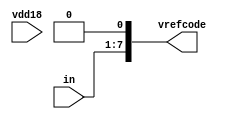
// ========== Copyright Header Begin ==========================================
// 
// OpenSPARC T1 Processor File: bw_io_ddr_vref_logic_high.v
// Copyright (c) 2006 Sun Microsystems, Inc.  All Rights Reserved.
// DO NOT ALTER OR REMOVE COPYRIGHT NOTICES.
// 
// The above named program is free software; you can redistribute it and/or
// modify it under the terms of the GNU General Public
// License version 2 as published by the Free Software Foundation.
// 
// The above named program is distributed in the hope that it will be 
// useful, but WITHOUT ANY WARRANTY; without even the implied warranty of
// MERCHANTABILITY or FITNESS FOR A PARTICULAR PURPOSE.  See the GNU
// General Public License for more details.
// 
// You should have received a copy of the GNU General Public
// License along with this work; if not, write to the Free Software
// Foundation, Inc., 51 Franklin St, Fifth Floor, Boston, MA 02110-1301, USA.
// 
// ========== Copyright Header End ============================================
module bw_io_ddr_vref_logic_high(in,vrefcode,vdd18);
input vdd18;
input [7:1] in;
output [7:0] vrefcode;

assign vrefcode[7:0] = {in[7:1],1'b0};
endmodule